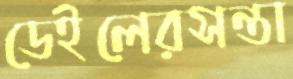
ডেইলেরসন্তা